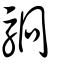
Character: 駉